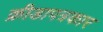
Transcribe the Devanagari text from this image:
क्रीडापत्रकार